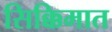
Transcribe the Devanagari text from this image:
सिक्किमात